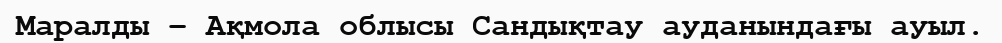
Маралды – Ақмола облысы Сандықтау ауданындағы ауыл.